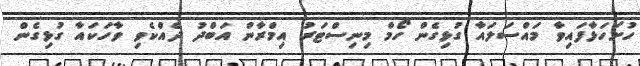
ހުށަހަޅާފައިވާ މައްސަލައާ ގުޅިގެން ހޯމް މިނިސްޓަރު އިމްރާން އަބްދު ދެއްކެވި ވާހަކައާ ގުޅިގެން